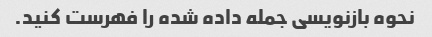
نحوه بازنویسی جمله داده شده را فهرست کنید.